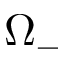
\Omega _ { - }